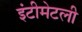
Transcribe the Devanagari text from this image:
इंटीमेटली